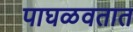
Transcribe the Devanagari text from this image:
पाघळवतात